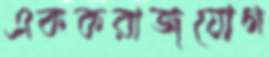
এককরাজযোগ